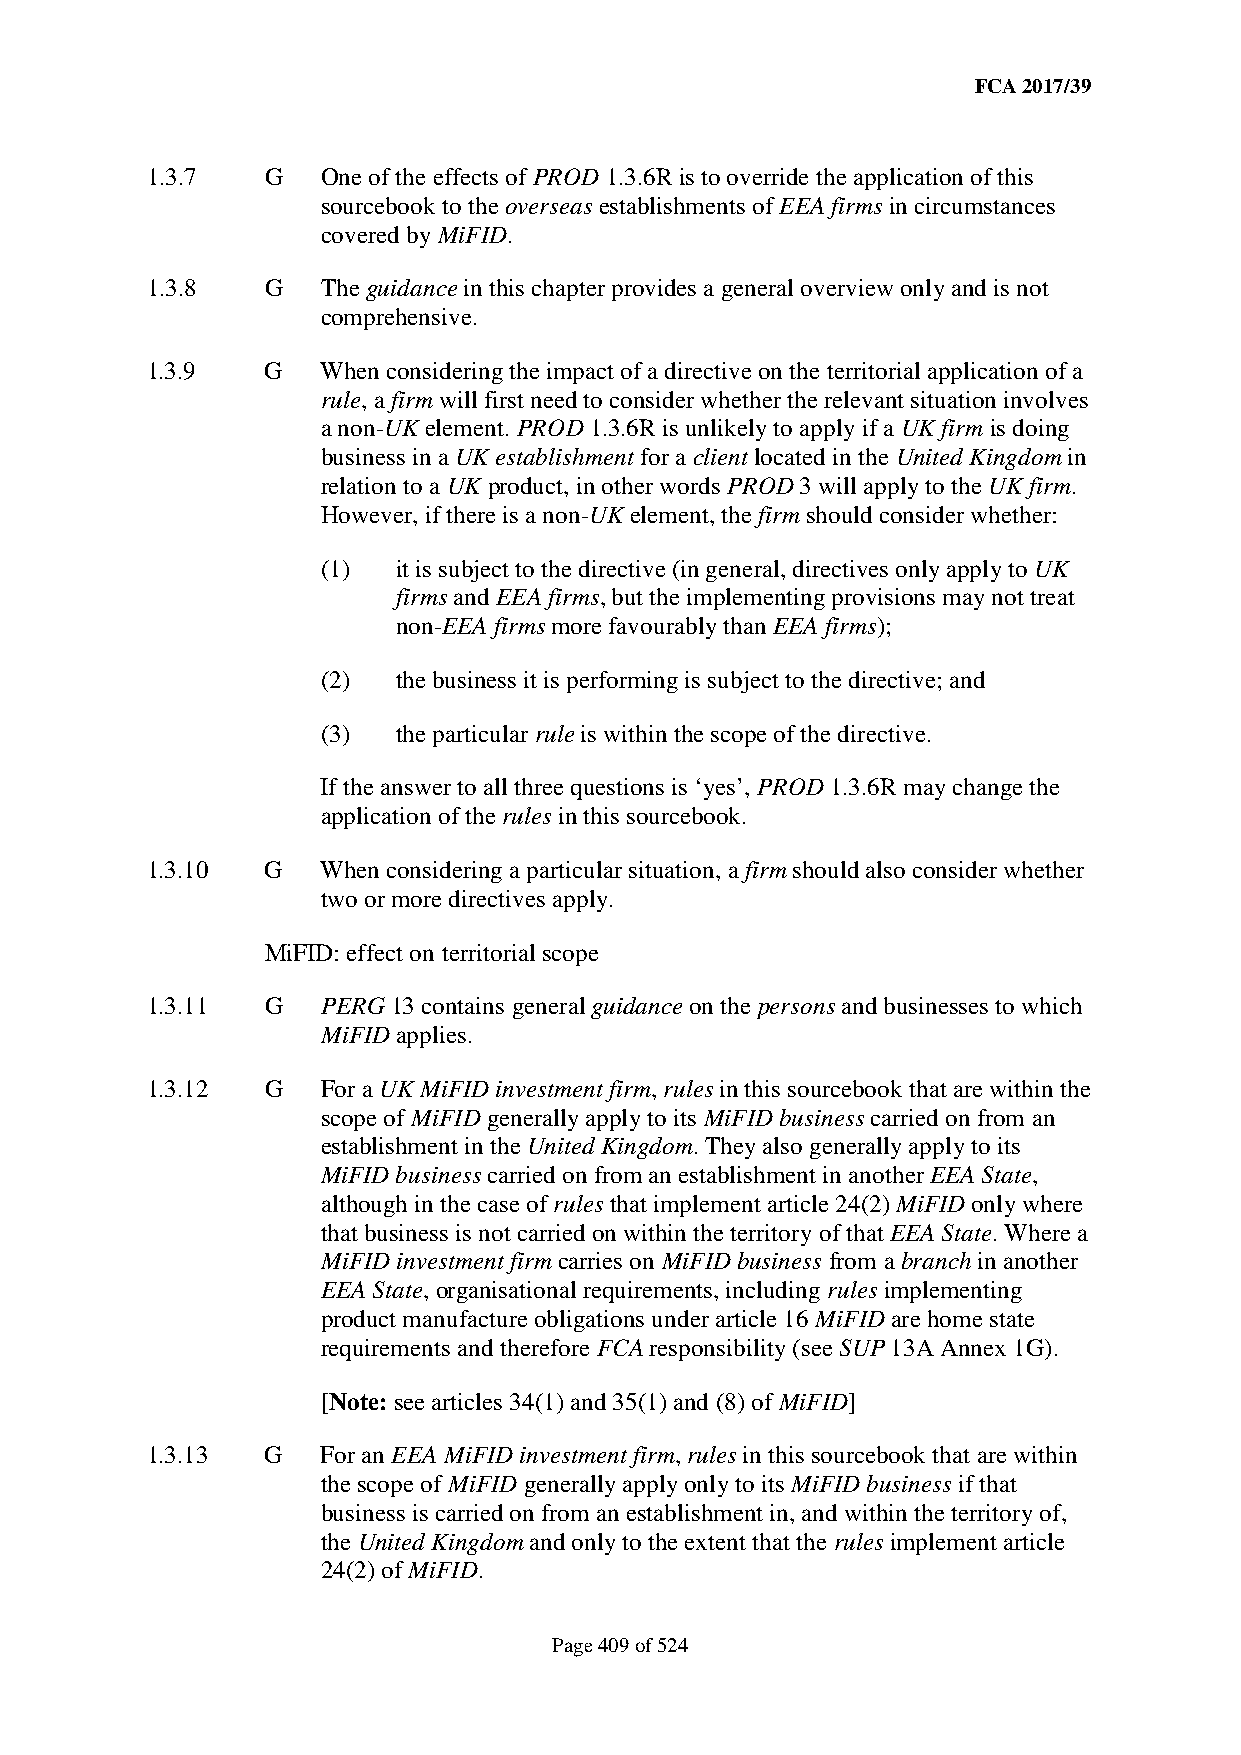
FCA 2017/39
 1.3.7   G  One of the effects of PROD 1.3.6R is to override the application of this
 sourcebook to the overseas establishments of EEA firms in circumstances
 covered by MiFID.
 1.3.8   G  The guidance in this chapter provides a general overview only and is not
 comprehensive.
 1.3.9   G  When considering the impact of a directive on the territorial application of a
 rule, a firm will first need to consider whether the relevant situation involves
 a non-UK element. PROD 1.3.6R is unlikely to apply if a UK firm is doing
 business in a UK establishment for a client located in the United Kingdom in
 relation to a UK product, in other words PROD 3 will apply to the UK firm.
 However, if there is a non-UK element, the firm should consider whether:
 (1)  it is subject to the directive (in general, directives only apply to UK
 firms and EEA firms, but the implementing provisions may not treat
 non-EEA firms more favourably than EEA firms);
 (2)  the business it is performing is subject to the directive; and
 (3)  the particular rule is within the scope of the directive.
 If the answer to all three questions is ‘yes’, PROD 1.3.6R may change the
 application of the rules in this sourcebook.
 1.3.10  G  When considering a particular situation, a firm should also consider whether
 two or more directives apply.
 MiFID: effect on territorial scope
 1.3.11  G  PERG 13 contains general guidance on the persons and businesses to which
 MiFID applies.
 1.3.12  G  For a UK MiFID investment firm, rules in this sourcebook that are within the
 scope of MiFID generally apply to its MiFID business carried on from an
 establishment in the United Kingdom. They also generally apply to its
 MiFID business carried on from an establishment in another EEA State,
 although in the case of rules that implement article 24(2) MiFID only where
 that business is not carried on within the territory of that EEA State. Where a
 MiFID investment firm carries on MiFID business from a branch in another
 EEA State, organisational requirements, including rules implementing
 product manufacture obligations under article 16 MiFID are home state
 requirements and therefore FCA responsibility (see SUP 13A Annex 1G).
 [Note: see articles 34(1) and 35(1) and (8) of MiFID]
 1.3.13  G  For an EEA MiFID investment firm, rules in this sourcebook that are within
 the scope of MiFID generally apply only to its MiFID business if that
 business is carried on from an establishment in, and within the territory of,
 the United Kingdom and only to the extent that the rules implement article
 24(2) of MiFID.
 Page 409 of 524